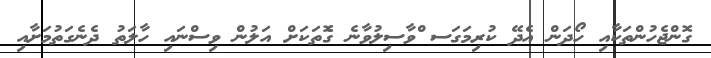
ގޮންޖެހުންތަކާއި ހޯދަން އެދޭ ކުރިމަގަސ ްވާސިލުވާނެ ގެޮތަކަށް އަލުން ވިސްނައި ހާލަތު ދެނެގަތުމަށާއި